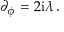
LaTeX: \partial _ { \phi } = 2 \mathrm { i } \lambda \, .